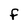
Character: F